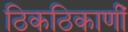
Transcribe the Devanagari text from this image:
ठिकठिकाणीं